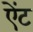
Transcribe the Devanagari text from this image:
ऐंट